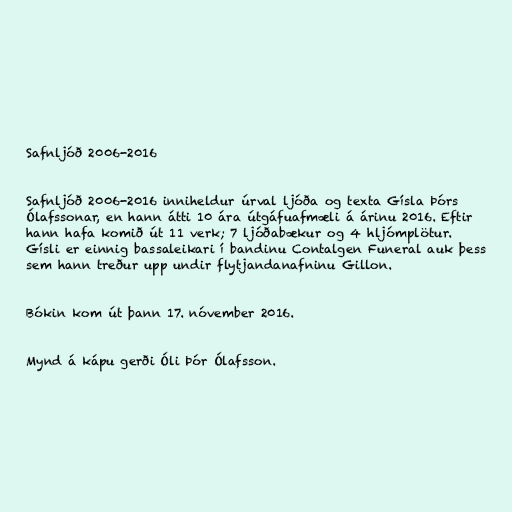
Safnljóð 2006-2016

Safnljóð 2006-2016 inniheldur úrval ljóða og texta Gísla Þórs
Ólafssonar, en hann átti 10 ára útgáfuafmæli á árinu 2016. Eftir
hann hafa komið út 11 verk; 7 ljóðabækur og 4 hljómplötur.
Gísli er einnig bassaleikari í bandinu Contalgen Funeral auk þess
sem hann treður upp undir flytjandanafninu Gillon.

Bókin kom út þann 17. nóvember 2016.

Mynd á kápu gerði Óli Þór Ólafsson.